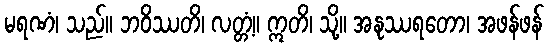
မရဏံ၊ သည်။ ဘဝိဿတိ၊ လတ္တံ့။ ဣတိ၊ သို့။ အနုဿရတော၊ အဖန်ဖန်